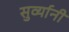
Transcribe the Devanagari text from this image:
सुर्व्यानी